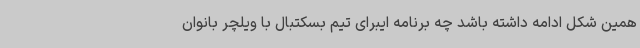
همین شکل ادامه داشته باشد چه برنامه ایبرای تیم بسکتبال با ویلچر بانوان